Calcutta medical institutions reports 1879-81 [i.e.91]
Year: 1879
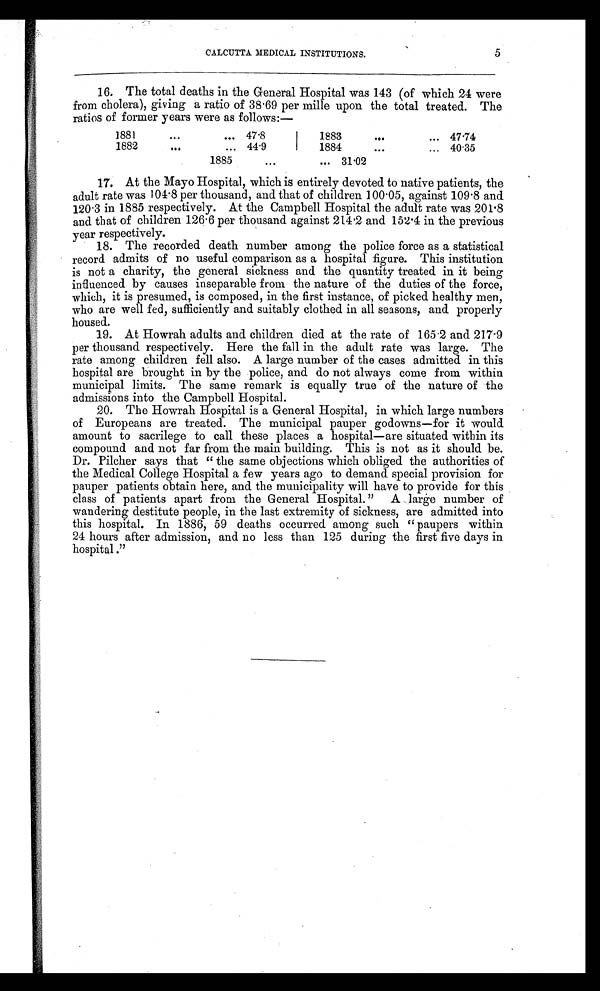
CALCUTTA MEDICAL INSTITUTIONS.
5
16. The total deaths in the General Hospital was 143 (of which 24 were
from cholera), giving a ratio of 38.69 per mille upon the total treated. The
ratios of former years were as follows:—
1881
...
... 47.8
1883
...
... 47.74
1882
...
... 44.9
1884
...
... 40.35
1885
. . .
... 31.02
17. At the Mayo Hospital, which is entirely devoted to native patients, the
adult rate was 104.8 per thousand, and that of children 100.05, against 109.8 and
120.3 in 1885 respectively. At the Campbell Hospital the adult rate was 201.8
and that of children 126.6 per thousand against 214.2 and 152.4 in the previous
year respectively.
18. The recorded death number among the police force as a statistical
record admits of no useful comparison as a hospital figure. This institution
is not a charity, the general sickness and the quantity treated in it being
influenced by causes inseparable from the nature of the duties of the force,
which, it is presumed, is composed, in the first instance, of picked healthy men,
who are well fed, sufficiently and suitably clothed in all seasons, and properly
housed.
19. At Howrah adults and children died at the rate of 165.2 and 217.9
per thousand respectively. Here the fall in the adult rate was large. The
rate among children fell also. A large number of the cases admitted in this
hospital are brought in by the police, and do not always come from within
municipal limits. The same remark is equally true of the nature of the
admissions into the Campbell Hospital.
20. The Howrah Hospital is a General Hospital, in which large numbers
of Europeans are treated. The municipal pauper godowns—for it would
amount to sacrilege to call these places a hospital—are situated within its
compound and not far from the main building. This is not as it should be.
Dr. Pilcher says that “ the same objections which obliged the authorities of
the Medical College Hospital a few years ago to demand special provision for
pauper patients obtain here, and the municipality will have to provide for this
class of patients apart from the General Hospital. ” A large number of
wandering destitute people, in the last extremity of sickness, are admitted into
this hospital. In 1886, 59 deaths occurred among such “ paupers within
24 hours after admission, and no less than 125 during the first five days in
hospital .”